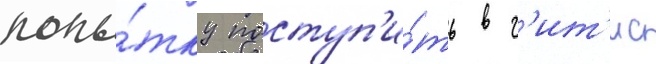
попы́тку поступ'и́ть в г'ит'ис